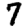
Digit: 7